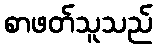
စာဖတ်သူသည်